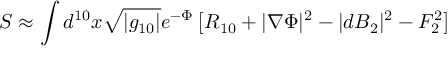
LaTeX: S \approx \int d ^ { 1 0 } x \sqrt { | g _ { 1 0 } | } e ^ { - \Phi } \left[ R _ { 1 0 } + | \nabla \Phi | ^ { 2 } - | d B _ { 2 } | ^ { 2 } - F _ { 2 } ^ { 2 } \right]